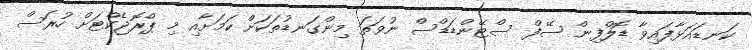
ކަނޑައަޅާފައިވާ ޑޮލްފިން ސޭފް ސްޓޭންޑަޑްސް ނުވަތަ މިންގަނޑުތަކަށް ކަމަށާއި މި ޕްރޮޖެކްޓަށް ހުރަސް